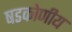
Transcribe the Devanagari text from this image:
षडकोणीय